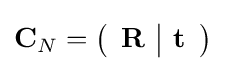
\mathbf {C} _{N}=\left({\begin{array}{c|c}\mathbf {R} &\mathbf {t} \end{array}}\right)